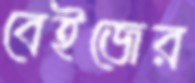
বেইজের